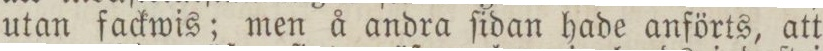
utan fackwis; men å andra ſidan hade anförts, att